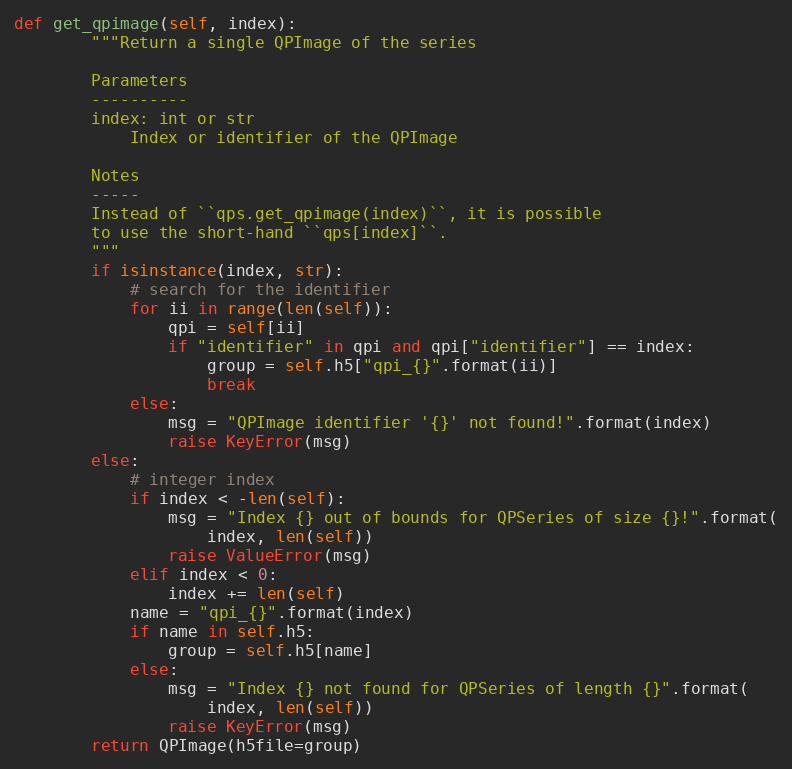
Language: Python
def get_qpimage(self, index):
        """Return a single QPImage of the series

        Parameters
        ----------
        index: int or str
            Index or identifier of the QPImage

        Notes
        -----
        Instead of ``qps.get_qpimage(index)``, it is possible
        to use the short-hand ``qps[index]``.
        """
        if isinstance(index, str):
            # search for the identifier
            for ii in range(len(self)):
                qpi = self[ii]
                if "identifier" in qpi and qpi["identifier"] == index:
                    group = self.h5["qpi_{}".format(ii)]
                    break
            else:
                msg = "QPImage identifier '{}' not found!".format(index)
                raise KeyError(msg)
        else:
            # integer index
            if index < -len(self):
                msg = "Index {} out of bounds for QPSeries of size {}!".format(
                    index, len(self))
                raise ValueError(msg)
            elif index < 0:
                index += len(self)
            name = "qpi_{}".format(index)
            if name in self.h5:
                group = self.h5[name]
            else:
                msg = "Index {} not found for QPSeries of length {}".format(
                    index, len(self))
                raise KeyError(msg)
        return QPImage(h5file=group)